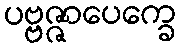
ပဗ္ဗဇ္ဇာပေက္ခေ